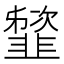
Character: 䪡